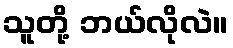
သူတို့ ဘယ်လိုလဲ။